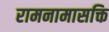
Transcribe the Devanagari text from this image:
रामनामासक्ति